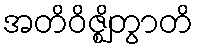
အတိဝိဇ္ဈိတွာတိ